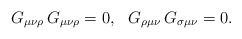
\begin{align*}G_{\mu \nu \rho} \, G_{\mu \nu \rho} = 0, \,\,\,\,G_{\rho \mu \nu } \, G_{\sigma \mu \nu } = 0.\end{align*}